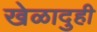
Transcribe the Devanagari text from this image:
खेळादुही